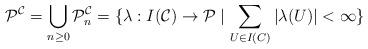
LaTeX: \begin{align*}\mathcal{P}^\mathcal{C} = \bigcup_{n \geq 0} \mathcal{P}_n^\mathcal{C} = \{\lambda : I(\mathcal{C}) \to \mathcal{P} \mid \sum_{U \in I(C)} |\lambda(U)| < \infty \}\end{align*}